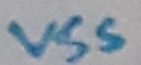
Text: VSS